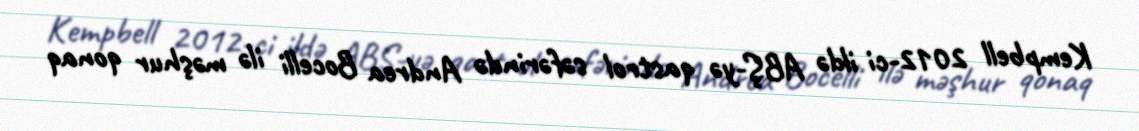
Kempbell 2012-ci ildə ABŞ-yə qastrol səfərində Andrea Bocelli ilə məşhur qonaq